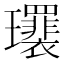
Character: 𤫛